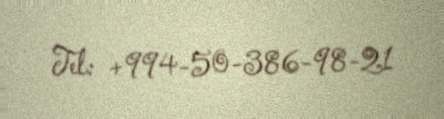
Tel: +994-50-386-98-21